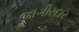
જાગીરદાર